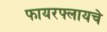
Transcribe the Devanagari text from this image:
फायरफ्लायचे